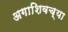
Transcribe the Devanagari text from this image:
अगाशिवच्या